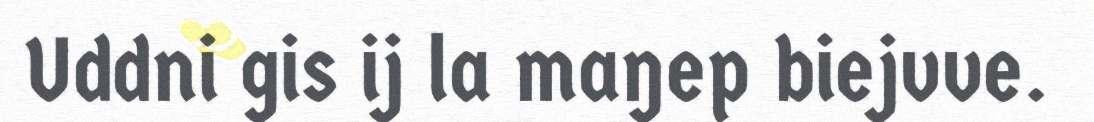
Uddni gis ij la maŋep biejvve.